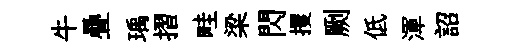
牛疊瑀摺畦梁閃攫劂低渾詔